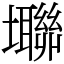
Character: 壣